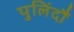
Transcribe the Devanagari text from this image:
पुलिंदौं